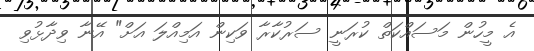
އެ މީހުން މަސައްކަތް ކުރަނީ ސަރުކާރާ ވަކިން އަމިއްލަ އަށް" އޭނާ ވިދާޅުވި